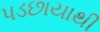
પડછાયાથી